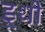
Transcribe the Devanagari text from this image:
डूथी